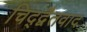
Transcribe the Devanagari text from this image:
चिद्द्वैतवाद